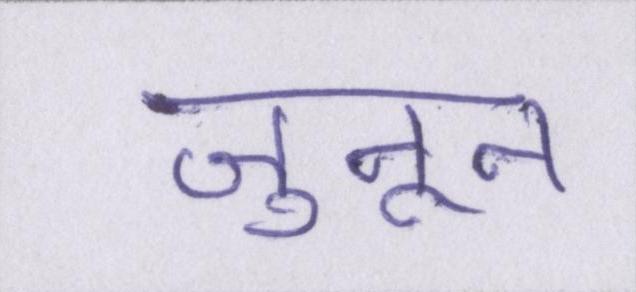
जुनून